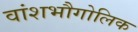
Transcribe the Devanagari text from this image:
वांशभौगोलिक